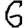
Digit: 6